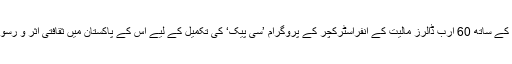
یہ ویڈیو چین کی پاکستان کے ساتھ 60 ارب ڈالرز مالیت کے انفراسٹرکچر کے پروگرام ’سی پیک‘ کی تکمیل کے لیے اس کے پاکستان میں ثقافتی اثر و رسوخ کی نشاندہی کرتی ہے۔